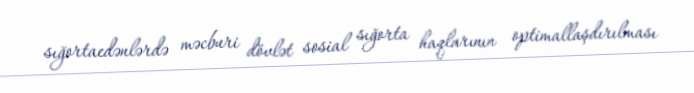
sığortaedənlərdə məcburi dövlət sosial sığorta haqlarının optimallaşdırılması